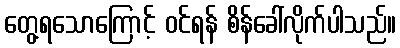
တွေ့ရသောကြောင့် ဝင်ရန် စိန်ခေါ်လိုက်ပါသည်။